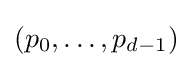
(p_{0},\ldots ,p_{d-1})